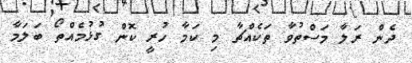
ދެން ރަލާ މަސްތުވާ ތަކެއްޗާ މި ކަމާ ހުރީ ކޮން ގުޅުމެއްތޯ ބަލަމާ